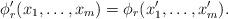
LaTeX: \begin{align*}\phi'_r(x_1,\ldots,x_{m})=\phi_r(x'_1,\ldots,x'_m).\end{align*}